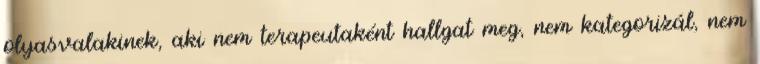
olyasvalakinek, aki nem terapeutaként hallgat meg, nem kategorizál, nem